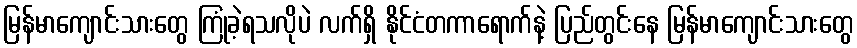
မြန်မာကျောင်းသားတွေ ကြုံခဲ့ရသလိုပဲ လက်ရှိ နိုင်ငံတကာရောက်နဲ့ ပြည်တွင်းနေ မြန်မာကျောင်းသားတွေ